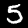
Label: 5